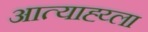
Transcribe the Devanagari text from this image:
आत्याह्य्ला